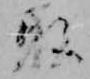
取